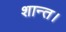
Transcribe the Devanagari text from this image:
शान्त।